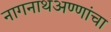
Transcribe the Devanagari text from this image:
नागनाथअण्णांचा